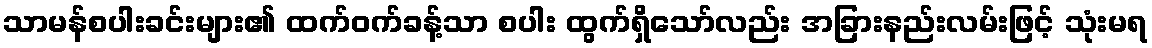
သာမန်စပါးခင်းများ၏ ထက်ဝက်ခန့်သာ စပါး ထွက်ရှိသော်လည်း အခြားနည်းလမ်းဖြင့် သုံးမရ